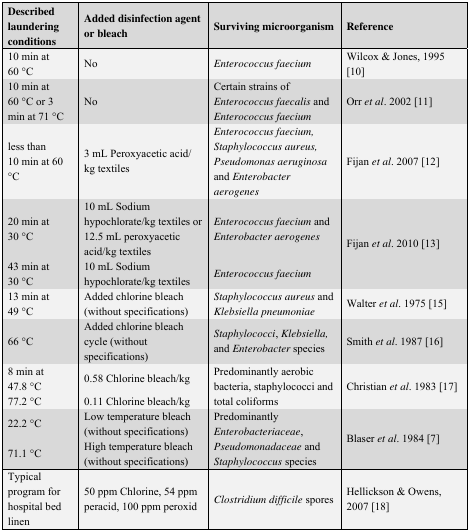
| Described laundering conditions | Added disinfection agent or bleach | Surviving microorganism | Reference |
 | --- | --- | --- | --- |
 | 10 min at 60 °C | No | Enterococcus faecium | Wilcox & Jones, 1995 [10] |
 | 10 min at 60 °C or 3 min at 71 °C | No | Certain strains ofEnterococcus faecalis and Enterococcus faecium | Orret al. 2002 [11] |
 | less than 10 min at 60 °C | 3 mL Peroxyacetic acid/ kg textiles | Enterococcus faecium, Staphylococcus aureus, Pseudomonas aeruginosa and Enterobacter aerogenes | Fijanet al. 2007 [12] |
 | 20 min at 30 °C | 10 mL Sodium hypochlorate/kg textiles or 12.5 mL peroxyacetic acid/kg textiles | Enterococcus faecium and Enterobacter aerogenes | <ROWSPAN=2> Fijanet al. 2010 [13] |
 | 43 min at 30 °C | 10 mL Sodium hypochlorate/kg textiles | Enterococcus faecium |
 | 13 min at 49 °C | Added chlorine bleach (without specifications) | Staphylococcus aureus and Klebsiella pneumoniae | Walteret al. 1975 [15] |
 | 66 °C | Added chlorine bleach cycle (without specifications) | Staphylococci, Klebsiella, and Enterobacter species | Smithet al. 1987 [16] |
 | 8 min at 47.8 °C | 0.58 Chlorine bleach/kg | <ROWSPAN=2> Predominantly aerobic bacteria, staphylococci and total coliforms | <ROWSPAN=2> Christianet al. 1983 [17] |
 | 77.2 °C | 0.11 Chlorine bleach/kg |
 | 22.2 °C | Low temperature bleach (without specifications) | <ROWSPAN=2> PredominantlyEnterobacteriaceae, Pseudomonadaceae and Staphylococcus species | <ROWSPAN=2> Blaseret al. 1984 [7] |
 | 71.1 °C | High temperature bleach (without specifications) |
 | Typical program for hospital bed linen | 50 ppm Chlorine, 54 ppm peracid, 100 ppm peroxid | Clostridium difficile spores | Hellickson & Owens, 2007 [18] |